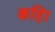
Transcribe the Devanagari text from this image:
कहि।